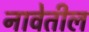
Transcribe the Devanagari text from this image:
नावेतील